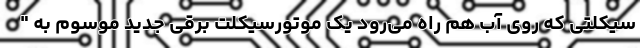
سیکلتی که روی آب هم راه می‌رود یک موتورسیکلت برقی جدید موسوم به "